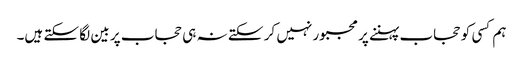
ہم کسی کو حجاب پہننے پر مجبور نہیں کر سکتے نہ ہی حجاب پر بین لگا سکتے ہیں۔